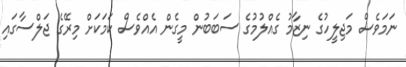
ނަމަވެސް މަޖިލީހުގެ ނިޒާމު ގެއްލުމުގެ ސަބަބުން މީގެން އެއްވެސް ކަމަކަށް މިރޭގެ ޖަލްސާގައި